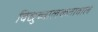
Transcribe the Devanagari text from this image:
विद्युच्चालकतावाले